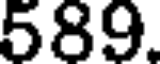
589.